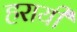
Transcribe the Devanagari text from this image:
हरायी